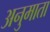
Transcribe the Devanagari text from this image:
अनुमाता